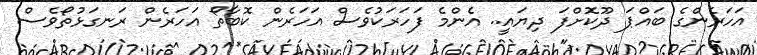
އަހަރެންގެ ބައްޕަ ދޫކޮށްފަ ދިޔައީ.. އެންމެ ފަހަރަކުވެސް އަހަރެން ކޮބާތޯ އަހަރެން ރަނގަޅުތޯވެސް